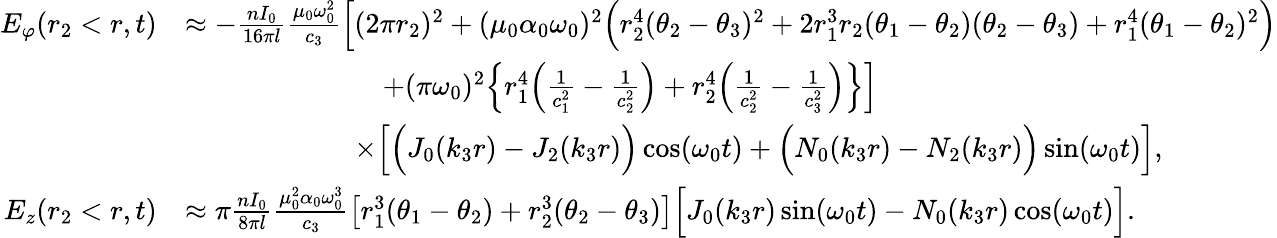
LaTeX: \begin{array}{rl}{E_{\varphi}(r_{2}<r,t)}&{\approx-\frac{nI_{0}}{16\pi l}\frac{\mu_{0}\omega_{0}^{2}}{c_{3}}\Big[(2\pi r_{2})^{2}+(\mu_{0}\alpha_{0}\omega_{0})^{2}\Big(r_{2}^{4}(\theta_{2}-\theta_{3})^{2}+2r_{1}^{3}r_{2}(\theta_{1}-\theta_{2})(\theta_{2}-\theta_{3})+r_{1}^{4}(\theta_{1}-\theta_{2})^{2}\Big)}\\ &{\qquad\qquad\qquad\quad+(\pi\omega_{0})^{2}\Big\{ r_{1}^{4}\Big(\frac{1}{c_{1}^{2}}-\frac{1}{c_{2}^{2}}\Big)+r_{2}^{4}\Big(\frac{1}{c_{2}^{2}}-\frac{1}{c_{3}^{2}}\Big)\Big\} \Big]}\\ &{\qquad\qquad\qquad\times\Big[\Big(J_{0}(k_{3}r)-J_{2}(k_{3}r)\Big)\cos(\omega_{0}t)+\Big(N_{0}(k_{3}r)-N_{2}(k_{3}r)\Big)\sin(\omega_{0}t)\Big],}\\ {E_{z}(r_{2}<r,t)}&{\approx\pi\frac{nI_{0}}{8\pi l}\frac{\mu_{0}^{2}\alpha_{0}\omega_{0}^{3}}{c_{3}}\big[r_{1}^{3}(\theta_{1}-\theta_{2})+r_{2}^{3}(\theta_{2}-\theta_{3})\big]\Big[J_{0}(k_{3}r)\sin(\omega_{0}t)-N_{0}(k_{3}r)\cos(\omega_{0}t)\Big].}\end{array}